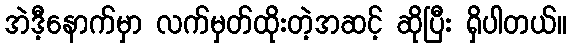
အဲဒီ့နောက်မှာ လက်မှတ်ထိုးတဲ့အဆင့် ဆိုပြီး ရှိပါတယ်။